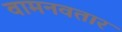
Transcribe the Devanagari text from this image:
वामनवतार